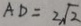
A D = 2 \sqrt { 2 }